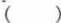
()